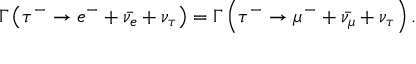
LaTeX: \Gamma \left( \tau ^ { - } \rightarrow e ^ { - } + { \bar { \nu _ { e } } } + \nu _ { \tau } \right) = \Gamma \left( \tau ^ { - } \rightarrow \mu ^ { - } + { \bar { \nu _ { \mu } } } + \nu _ { \tau } \right) .